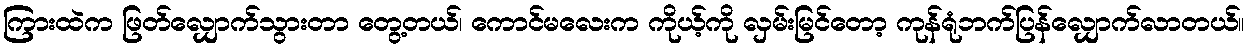
ကြားထဲက ဖြတ်လျှောက်သွားတာ တွေ့တယ်၊ ကောင်မလေးက ကိုယ့်ကို လှမ်းမြင်တော့ ကုန်ရုံဘက်ပြန်လျှောက်လာတယ်။